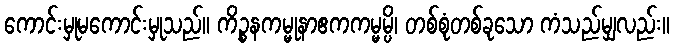
ကောင်းမှုမကောင်းမှုသည်။ ကိဉ္စနကမ္မုနာဧကကမ္မမ္ပိ၊ တစ်စုံတစ်ခုသော ကံသည်မျှလည်း။